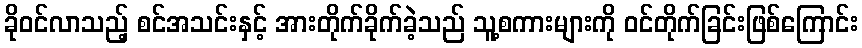
ခိုဝင်လာသည့် စင်အသင်းနှင့် အားတိုက်ခိုက်ခဲ့သည် သူ့စကားများကို ဝင်တိုက်ခြင်းဖြစ်ကြောင်း